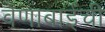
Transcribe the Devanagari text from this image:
वेणाबाईंची